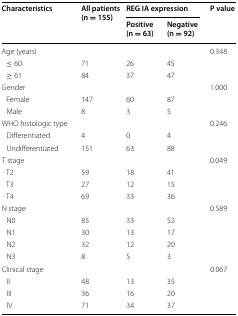
<table><thead><tr><td rowspan="2"><b>Characteristics</b></td><td rowspan="2"><b>All patients (n = 155)</b></td><td colspan="2"><b>REG IA expression</b></td><td rowspan="2"><b>P value</b></td></tr><tr><td><b>Positive (n = 63)</b></td><td><b>Negative (n = 92)</b></td></tr></thead><tbody><tr><td colspan="4">Age (years)</td><td>0.348</td></tr><tr><td> ≤ 60</td><td>71</td><td>26</td><td>45</td><td>[EMPTY_CELL]</td></tr><tr><td> ≥ 61</td><td>84</td><td>37</td><td>47</td><td>[EMPTY_CELL]</td></tr><tr><td colspan="4">Gender</td><td>1.000</td></tr><tr><td> Female</td><td>147</td><td>60</td><td>87</td><td>[EMPTY_CELL]</td></tr><tr><td> Male</td><td>8</td><td>3</td><td>5</td><td>[EMPTY_CELL]</td></tr><tr><td colspan="4">WHO histologic type</td><td>0.246</td></tr><tr><td> Differentiated</td><td>4</td><td>0</td><td>4</td><td>[EMPTY_CELL]</td></tr><tr><td> Undifferentiated</td><td>151</td><td>63</td><td>88</td><td>[EMPTY_CELL]</td></tr><tr><td colspan="4">T stage</td><td>0.049</td></tr><tr><td> T2</td><td>59</td><td>18</td><td>41</td><td>[EMPTY_CELL]</td></tr><tr><td> T3</td><td>27</td><td>12</td><td>15</td><td>[EMPTY_CELL]</td></tr><tr><td> T4</td><td>69</td><td>33</td><td>36</td><td>[EMPTY_CELL]</td></tr><tr><td colspan="4">N stage</td><td>0.589</td></tr><tr><td> N0</td><td>85</td><td>33</td><td>52</td><td>[EMPTY_CELL]</td></tr><tr><td> N1</td><td>30</td><td>13</td><td>17</td><td>[EMPTY_CELL]</td></tr><tr><td> N2</td><td>32</td><td>12</td><td>20</td><td>[EMPTY_CELL]</td></tr><tr><td> N3</td><td>8</td><td>5</td><td>3</td><td>[EMPTY_CELL]</td></tr><tr><td colspan="4">Clinical stage</td><td>0.067</td></tr><tr><td> II</td><td>48</td><td>13</td><td>35</td><td>[EMPTY_CELL]</td></tr><tr><td> III</td><td>36</td><td>16</td><td>20</td><td>[EMPTY_CELL]</td></tr><tr><td> IV</td><td>71</td><td>34</td><td>37</td><td>[EMPTY_CELL]</td></tr></tbody></table>